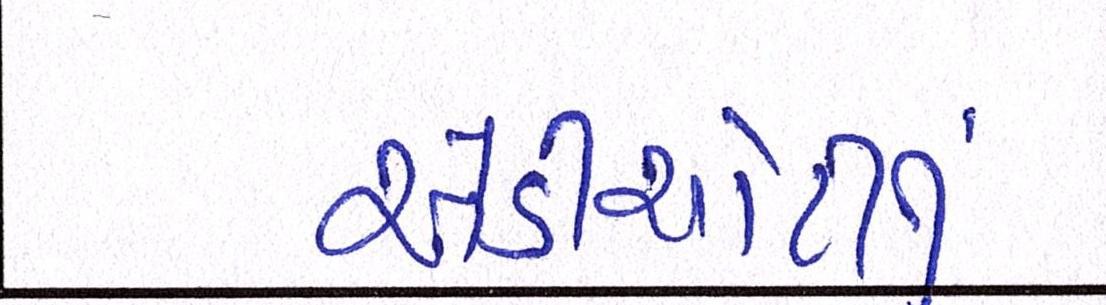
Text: એડીચોટીનું